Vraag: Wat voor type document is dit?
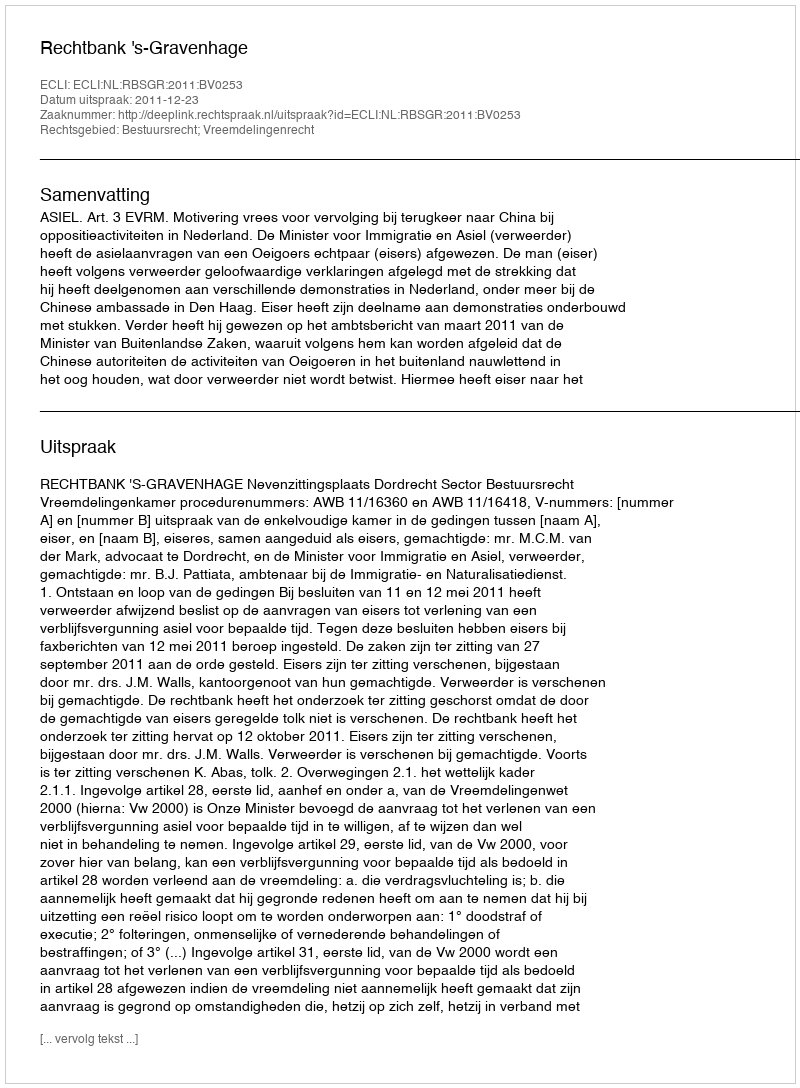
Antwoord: Uitspraak